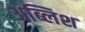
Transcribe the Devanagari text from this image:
अब्लिश